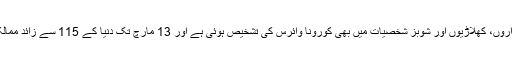
سیاستدانوں اور حکومتی عہدیداروں کے علاوہ سیکیورٹی عہدیداروں، طبی عہدیداروں، کھلاڑیوں اور شوبز شخصیات میں بھی کورونا وائرس کی تشخیص ہوئی ہے اور 13 مارچ تک دنیا کے 115 سے زائد ممالک میں وائرس کے مریضوں کی تعداد ایک لاکھ 28 ہزار سے زائد ہو چکی تھی۔